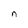
Character: n